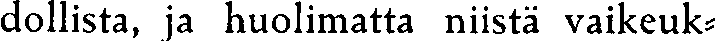
dollista, ja huolimatta niistä vaikeuk-